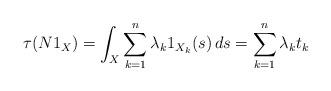
LaTeX: \begin{align*}\tau(N 1_X) = \int_X \sum^n_{k=1} \lambda_k 1_{X_k}(s) \, ds = \sum^n_{k=1} \lambda_k t_k\end{align*}